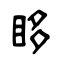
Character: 眵